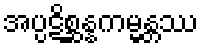
အပ္ပဋိစ္ဆန္နကမ္မန္တဿ